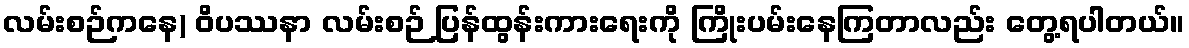
လမ်းစဉ်ကနေ) ဝိပဿနာ လမ်းစဉ် ပြန်ထွန်းကားရေးကို ကြိုးပမ်းနေကြတာလည်း တွေ့ရပါတယ်။